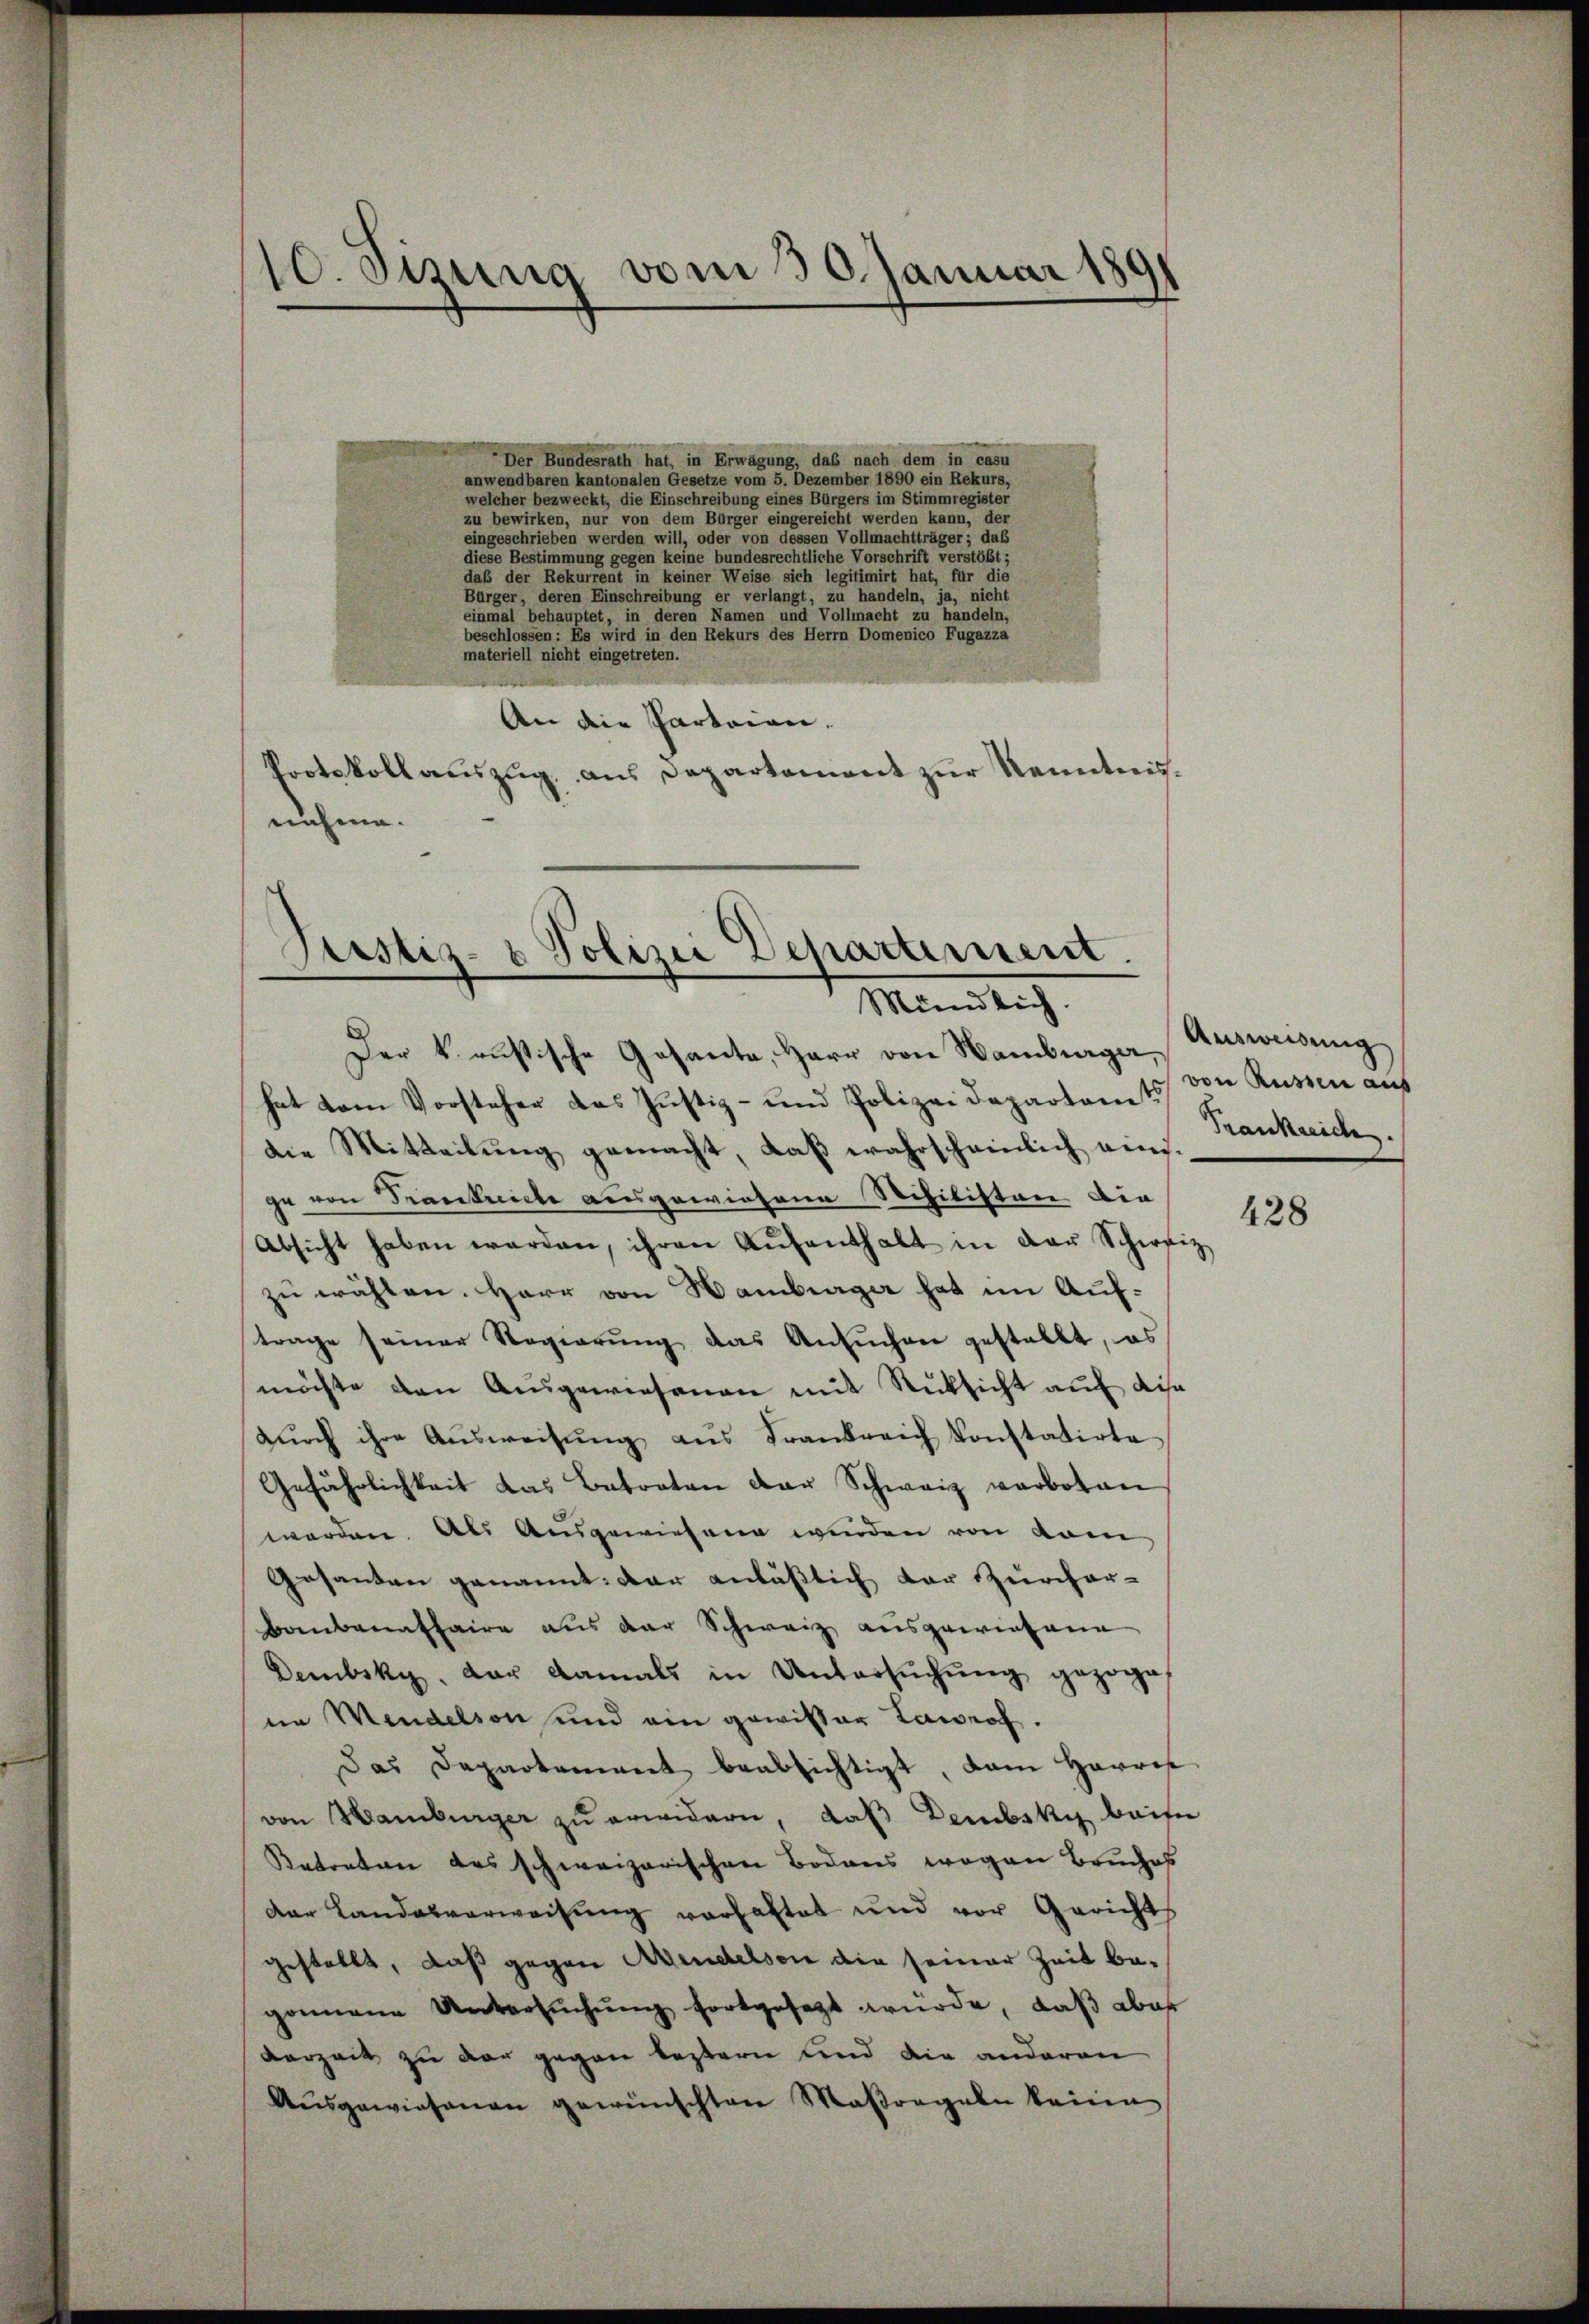
10. Sizung vom 30. Januar 1891
d

Der Bundesrath hat, in Erwägung, das nach dem in casu
anwendbaren kantonalen Gesetze vom 5. Dezember 1890 ein Rekurs,
welcher bezweckt, die Einschreibung eines Bürgers im Stimmregister
zu bewirken, nur von dem Bürger eingereicht werden kann, der
eingeschrieben werden will, oder von dessen Vollmachtträger; das
diese Bestimmung gegen keine bundesrechtliche Vorschrift verstöbt;
daß der Rekurrent in keiner Weise sich legitimirt hat, für die
Bürger, deren Einschreibung er verlangt, zu handeln, ja, nicht
einmal behauptet, in deren Namen und Vollmacht zu handeln,
beschlossen: Es wird in den Rekurs des Herrn Domenico Fugazza
materiell nicht eingetreten.
An die Parteien.
Protokollauszug aus Departement zur Kenntnisnahme.

Justiz- & Polizei Departement.
Mündlich.

Der k. russische Gesante, Herr von Hamburger Ausweisung
hat vom Vorsteher das Justiz- und Polizei Departen 157 von Russen aus
die Mitteilung gemacht, daß wahrscheinlich einige von Frankreiche ausgewiesene Schilisten die
Absicht haben werden, ihren Aŭfenthalt in der Schweiz
zu wählen. Herr von Hamburger hat im Auftrage seiner Regierŭng das Ansŭchen gestellt, es
möchte den Aŭsgewiesenen mit Rücksicht auf dise
dŭrch ihre Aŭsweisŭng aus Frankreich konstatirte
Gefährlichkeit das Betreten der Schweiz verboten
werden. Als Ausgewiesene wurden von kom
Gesanten genannt: dar anlässlich der Zürcher-
Bambanataire aus der Schweiz ausgewiesene
Dembsky, der damals in Untersuchung gezoge
in Mendelson und ein gewisser Lawrof.
Das Departement beabsichtigt, dam Harris
von Hamburger zu erwidern, daß Dembsky beise
Betreten des schweizerischen Bodens wegen Bruches
der Landesverweisung vorhaltet und vor Gerichts
gestellt, daß gegen Abendelson die seiner Zeit begomane Untersŭchŭng fortgesetzt würde, daβ aber
Verzeit zu der gegen besterne und die anderen
Aŭsgewiesenen gewünschten Maßregeln keine

Trankreich.

428